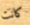
كانت